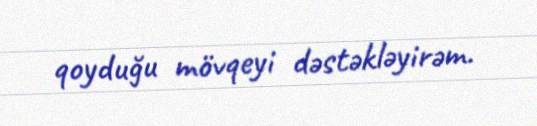
qoyduğu mövqeyi dəstəkləyirəm.